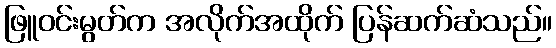
ဖြူဝင်းမွတ်က အလိုက်အထိုက် ပြန်ဆက်ဆံသည်။